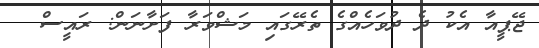
ޖޭޕީއާ އެކު ދެ ދުވަހެއްގެ ތެރޭގައި މަޝްވަރާ ފަށާނަން: ރައީސް